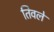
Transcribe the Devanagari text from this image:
तिवले